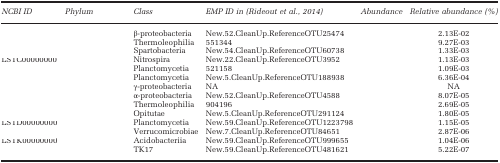
<table><thead><tr><td><b><i>NCBI ID</i></b></td><td><b><i>Phylum</i></b></td><td><b><i>Class</i></b></td><td><b><i>EMP ID in (Rideout et al., 2014)</i></b></td><td><b><i>Abundance</i></b></td><td><b><i>Relative abundance (%)</i></b></td></tr></thead><tbody><tr><td>[EMPTY_CELL]</td><td>[EMPTY_CELL]</td><td>β-proteobacteria</td><td>New.52.CleanUp.ReferenceOTU25474</td><td>[EMPTY_CELL]</td><td>2.13E-02</td></tr><tr><td>[EMPTY_CELL]</td><td>[EMPTY_CELL]</td><td>Thermoleophilia</td><td>551344</td><td>[EMPTY_CELL]</td><td>9.27E-03</td></tr><tr><td>[EMPTY_CELL]</td><td>[EMPTY_CELL]</td><td>Spartobacteria</td><td>New.54.CleanUp.ReferenceOTU60738</td><td>[EMPTY_CELL]</td><td>1.33E-03</td></tr><tr><td>LSTC00000000</td><td>[EMPTY_CELL]</td><td>Nitrospira</td><td>New.22.CleanUp.ReferenceOTU3952</td><td>[EMPTY_CELL]</td><td>1.13E-03</td></tr><tr><td>[EMPTY_CELL]</td><td>[EMPTY_CELL]</td><td>Planctomycetia</td><td>521158</td><td>[EMPTY_CELL]</td><td>1.09E-03</td></tr><tr><td>[EMPTY_CELL]</td><td>[EMPTY_CELL]</td><td>Planctomycetia</td><td>New.5.CleanUp.ReferenceOTU188938</td><td>[EMPTY_CELL]</td><td>6.36E-04</td></tr><tr><td>[EMPTY_CELL]</td><td>[EMPTY_CELL]</td><td>γ-proteobacteria</td><td>NA</td><td>[EMPTY_CELL]</td><td>NA</td></tr><tr><td>[EMPTY_CELL]</td><td>[EMPTY_CELL]</td><td>α-proteobacteria</td><td>New.52.CleanUp.ReferenceOTU4588</td><td>[EMPTY_CELL]</td><td>8.07E-05</td></tr><tr><td>[EMPTY_CELL]</td><td>[EMPTY_CELL]</td><td>Thermoleophilia</td><td>904196</td><td>[EMPTY_CELL]</td><td>2.69E-05</td></tr><tr><td>[EMPTY_CELL]</td><td>[EMPTY_CELL]</td><td>Opitutae</td><td>New.5.CleanUp.ReferenceOTU291124</td><td>[EMPTY_CELL]</td><td>1.80E-05</td></tr><tr><td>LSTD00000000</td><td>[EMPTY_CELL]</td><td>Planctomycetia</td><td>New.59.CleanUp.ReferenceOTU1223798</td><td>[EMPTY_CELL]</td><td>1.15E-05</td></tr><tr><td>[EMPTY_CELL]</td><td>[EMPTY_CELL]</td><td>Verrucomicrobiae</td><td>New.7.CleanUp.ReferenceOTU84651</td><td>[EMPTY_CELL]</td><td>2.87E-06</td></tr><tr><td>LSTK00000000</td><td>[EMPTY_CELL]</td><td>Acidobacteriia</td><td>New.59.CleanUp.ReferenceOTU999655</td><td>[EMPTY_CELL]</td><td>1.04E-06</td></tr><tr><td>[EMPTY_CELL]</td><td>[EMPTY_CELL]</td><td>TK17</td><td>New.59.CleanUp.ReferenceOTU481621</td><td>[EMPTY_CELL]</td><td>5.22E-07</td></tr></tbody></table>